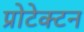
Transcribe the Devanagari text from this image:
प्रोटेक्टन